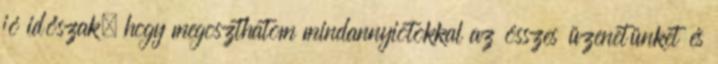
jó időszak, hogy megoszthatom mindannyiotokkal az összes üzenetünket és